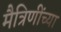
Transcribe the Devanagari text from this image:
मैत्रिणींच्या